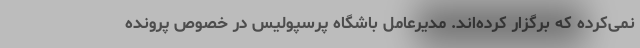
نمی‌کرده که برگزار کرده‌اند. مدیرعامل باشگاه پرسپولیس در خصوص پرونده